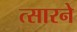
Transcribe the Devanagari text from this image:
त्सारने